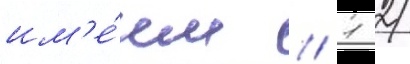
им'е́ем // 1 2